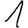
Digit: 1